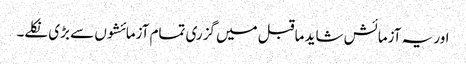
اور یہ آزمائش شاید ماقبل میں گزری تمام آزمائشوں سے بڑی نکلے۔